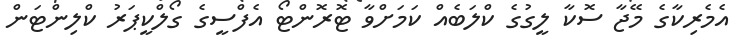
އެމެރިކާގެ މޭޖާ ސޮކާ ލީގުގެ ކްލަބެއް ކަމަށްވާ ޓޮރޮންޓޯ އެފްސީގެ ގޯލްކީޕަރު ކްލިންޓަން